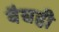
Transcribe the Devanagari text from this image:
वैद्यही